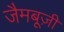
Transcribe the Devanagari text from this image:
जैमबूज़ी